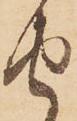
由